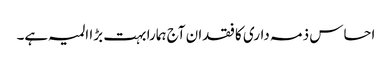
احساس ذمہ داری کا فقدان آج ہمارا بہت بڑا المیہ ہے۔